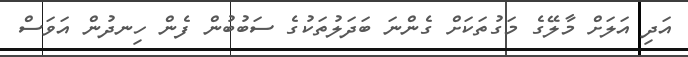
އަދި އަލަށް މާލޭގެ މަގުތަކަށް ގެންނަ ބަދަލުތަކުގެ ސަބުބުން ފެން ހިނދުން އަވަސް